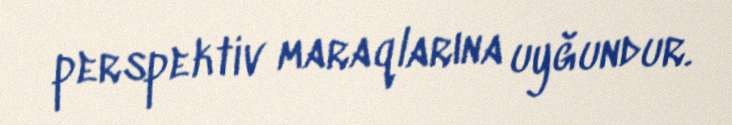
perspektiv maraqlarına uyğundur.